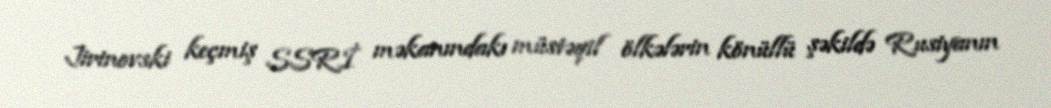
Jirinovski keçmiş SSRİ məkanındakı müstəqil ölkələrin könüllü şəkildə Rusiyanın